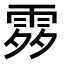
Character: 𩂭